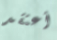
أعتقد